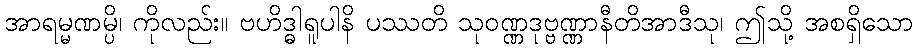
အာရမ္မဏမ္ပိ၊ ကိုလည်း။ ဗဟိဒ္ဓါရူပါနိ ပဿတိ သုဝဏ္ဏဒုဗ္ဗဏ္ဏာနီတိအာဒီသု၊ ဤသို့ အစရှိသော